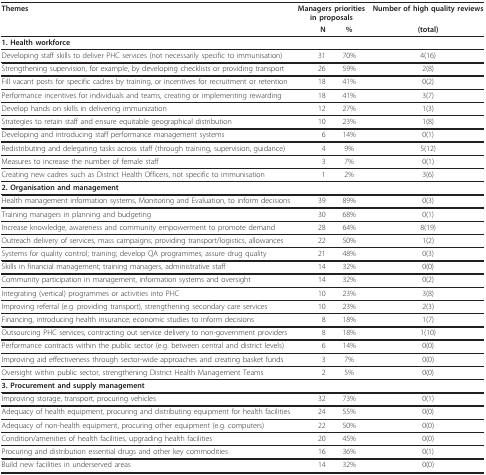
<table><thead><tr><td><b>Themes</b></td><td colspan="2"><b>Managers priorities in proposals</b></td><td><b>Number of high quality reviews </b></td></tr><tr><td></td><td><b>N</b></td><td><b>%</b></td><td><b>(total)</b></td></tr></thead><tbody><tr><td><b>1. Health workforce</b></td><td></td><td></td><td></td></tr><tr><td>Developing staff skills to deliver PHC services (not necessarily specific to immunisation)</td><td>31</td><td>70%</td><td>4(16)</td></tr><tr><td>Strengthening supervision, for example, by developing checklists or providing transport</td><td>26</td><td>59%</td><td>2(8)</td></tr><tr><td>Fill vacant posts for specific cadres by training, or incentives for recruitment or retention</td><td>18</td><td>41%</td><td>0(2)</td></tr><tr><td>Performance incentives for individuals and teams, creating or implementing rewarding</td><td>18</td><td>41%</td><td>3(7)</td></tr><tr><td>Develop hands on skills in delivering immunization</td><td>12</td><td>27%</td><td>1(3)</td></tr><tr><td>Strategies to retain staff and ensure equitable geographical distribution</td><td>10</td><td>23%</td><td>1(8)</td></tr><tr><td>Developing and introducing staff performance management systems</td><td>6</td><td>14%</td><td>0(1)</td></tr><tr><td>Redistributing and delegating tasks across staff (through training, supervision, guidance)</td><td>4</td><td>9%</td><td>5(12)</td></tr><tr><td>Measures to increase the number of female staff</td><td>3</td><td>7%</td><td>0(1)</td></tr><tr><td>Creating new cadres such as District Health Officers, not specific to immunisation</td><td>1</td><td>2%</td><td>3(6)</td></tr><tr><td><b>2. Organisation and management</b></td><td></td><td></td><td></td></tr><tr><td>Health management information systems, Monitoring and Evaluation, to inform decisions</td><td>39</td><td>89%</td><td>0(3)</td></tr><tr><td>Training managers in planning and budgeting</td><td>30</td><td>68%</td><td>0(1)</td></tr><tr><td>Increase knowledge, awareness and community empowerment to promote demand</td><td>28</td><td>64%</td><td>8(19)</td></tr><tr><td>Outreach delivery of services, mass campaigns; providing transport/logistics, allowances</td><td>22</td><td>50%</td><td>1(2)</td></tr><tr><td>Systems for quality control; training; develop QA programmes; assure drug quality</td><td>21</td><td>48%</td><td>0(3)</td></tr><tr><td>Skills in financial management; training managers, administrative staff</td><td>14</td><td>32%</td><td>0(0)</td></tr><tr><td>Community participation in management, information systems and oversight</td><td>14</td><td>32%</td><td>0(2)</td></tr><tr><td>Integrating (vertical) programmes or activities into PHC</td><td>10</td><td>23%</td><td>3(8)</td></tr><tr><td>Improving referral (e.g. providing transport), strengthening secondary care services</td><td>10</td><td>23%</td><td>2(3)</td></tr><tr><td>Financing, introducing health insurance; economic studies to inform decisions</td><td>8</td><td>18%</td><td>1(7)</td></tr><tr><td>Outsourcing PHC services, contracting out service delivery to non-government providers</td><td>8</td><td>18%</td><td>1(10)</td></tr><tr><td>Performance contracts within the public sector (e.g. between central and district levels)</td><td>6</td><td>14%</td><td>0(0)</td></tr><tr><td>Improving aid effectiveness through sector-wide approaches and creating basket funds</td><td>3</td><td>7%</td><td>0(0)</td></tr><tr><td>Oversight within public sector, strengthening District Health Management Teams</td><td>2</td><td>5%</td><td>0(0)</td></tr><tr><td><b>3. Procurement and supply management</b></td><td></td><td></td><td></td></tr><tr><td>Improving storage, transport, procuring vehicles</td><td>32</td><td>73%</td><td>0(1)</td></tr><tr><td>Adequacy of health equipment, procuring and distributing equipment for health facilities</td><td>24</td><td>55%</td><td>0(0)</td></tr><tr><td>Adequacy of non-health equipment, procuring other equipment (e.g. computers)</td><td>22</td><td>50%</td><td>0(0)</td></tr><tr><td>Condition/amenities of health facilities, upgrading health facilities</td><td>20</td><td>45%</td><td>0(0)</td></tr><tr><td>Procuring and distribution essential drugs and other key commodities</td><td>16</td><td>36%</td><td>0(1)</td></tr><tr><td>Build new facilities in underserved areas</td><td>14</td><td>32%</td><td>0(0)</td></tr></tbody></table>